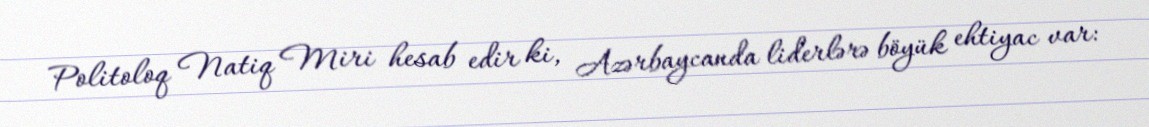
Politoloq Natiq Miri hesab edir ki, Azərbaycanda liderlərə böyük ehtiyac var: